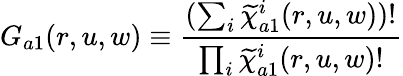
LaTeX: G_{a1}(r,u,w)\equiv\frac{(\sum_{i}\widetilde{\chi}_{a1}^{i}(r,u,w))!}{\prod_{i}\widetilde{\chi}_{a1}^{i}(r,u,w)!}